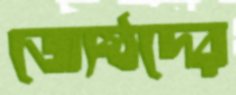
জ্যেষ্ঠদের